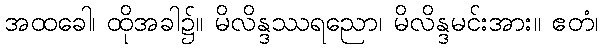
အထခေါ၊ ထိုအခါ၌။ မိလိန္ဒဿရညော၊ မိလိန္ဒမင်းအား။ ဧတံ၊